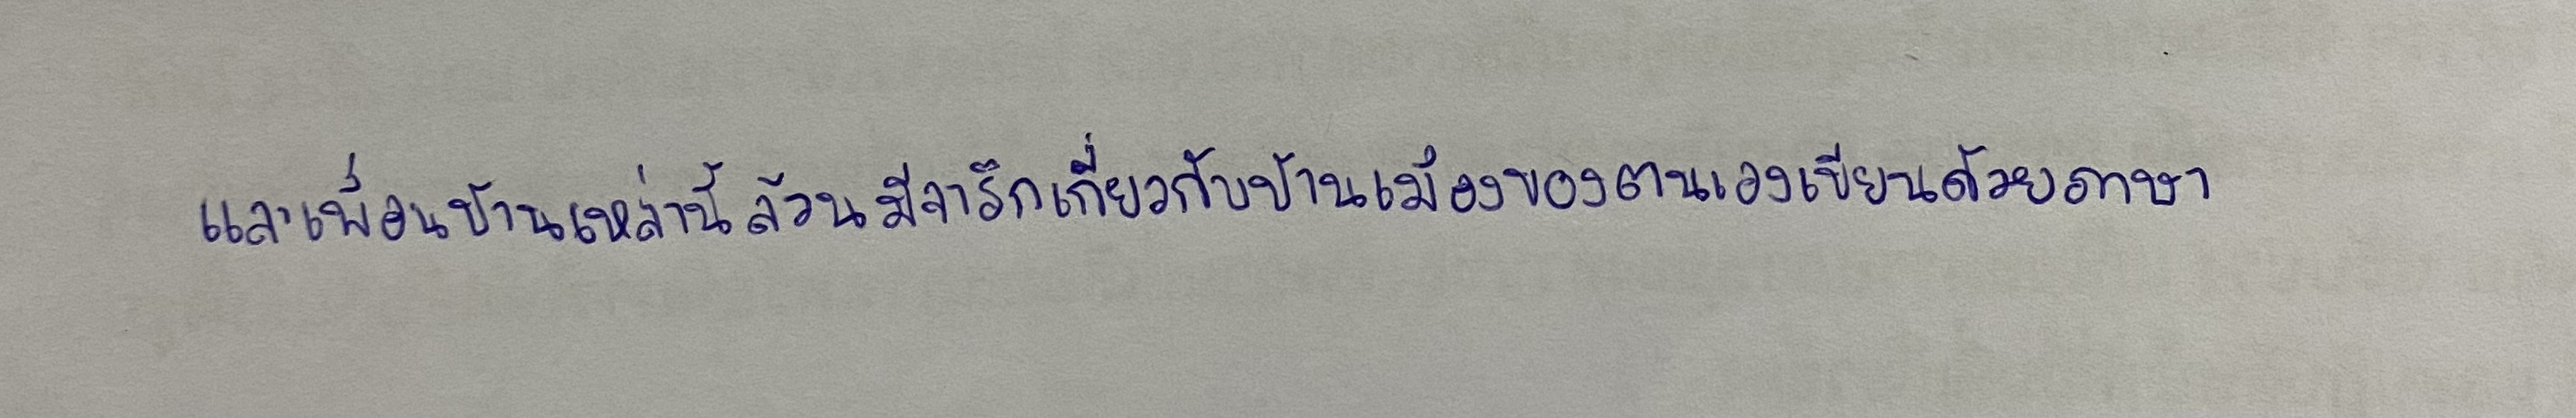
และเพื่อนบ้านเหล่านี้ล้วนมีจารึกเกี่ยวกับบ้านเมืองของตนเองเขียนด้วยภาษา